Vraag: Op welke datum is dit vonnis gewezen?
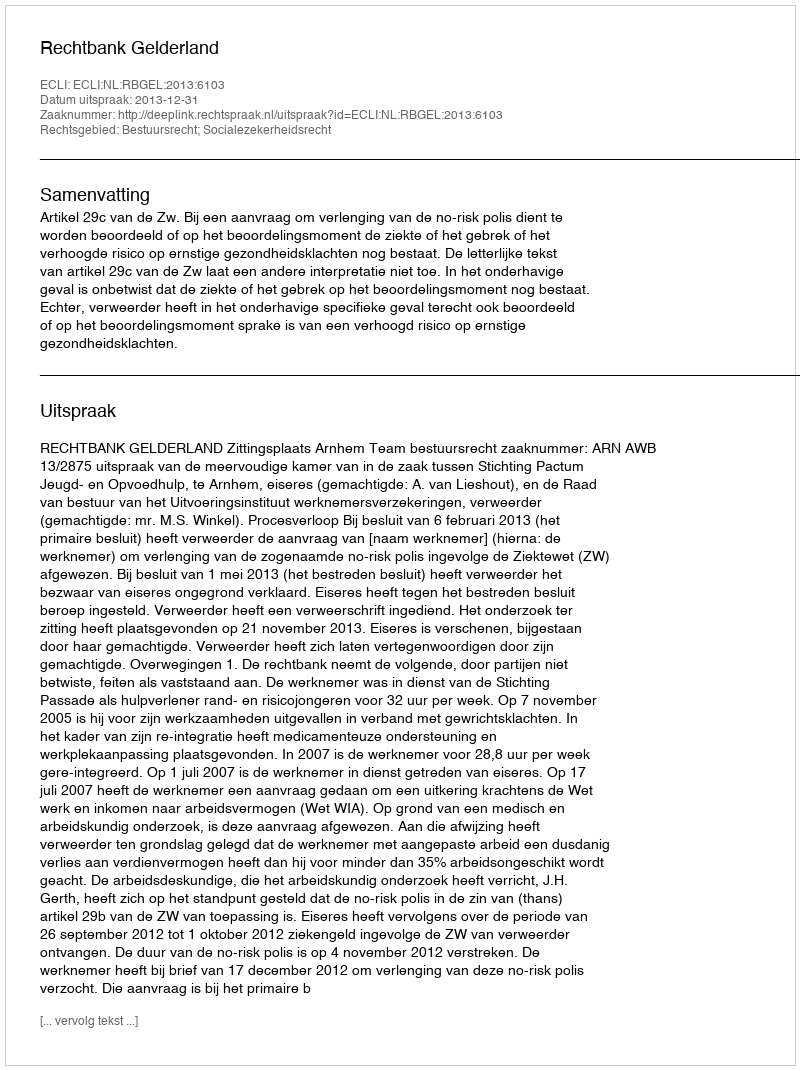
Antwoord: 2013-12-31